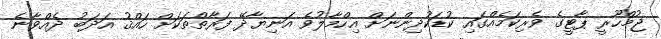
ޖުމްހޫރީ ޕާޓީގެ ވެރިކަމެއްގައި ކުޑަކުދިންނަށް އިހްމާލުވެ އަނިޔާދޭ ފަރާތްތަކަށް ހައްޤު އަދަބު ދެއްވާނެ